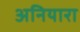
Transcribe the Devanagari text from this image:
अनियारा